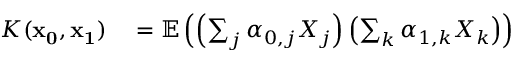
\begin{array} { r l } { K ( \mathbf { x _ { 0 } } , \mathbf { x _ { 1 } } ) } & { { } = \mathbb { E } \left( \left( \sum _ { j } \alpha _ { 0 , j } X _ { j } \right) \left( \sum _ { k } \alpha _ { 1 , k } X _ { k } \right) \right) } \end{array}